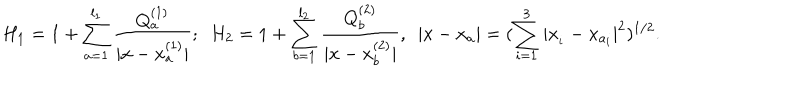
H _ { 1 } = 1 + \sum _ { a = 1 } ^ { l _ { 1 } } \frac { Q _ { a } ^ { ( 1 ) } } { | x - x _ { a } ^ { ( 1 ) } | } ; ~ ~ H _ { 2 } = 1 + \sum _ { b = 1 } ^ { l _ { 2 } } \frac { Q _ { b } ^ { ( 2 ) } } { | x - x _ { b } ^ { ( 2 ) } | } , ~ ~ | x - x _ { a } | = ( \sum _ { i = 1 } ^ { 3 } | x _ { _ { i } } - x _ { a _ { i } } | ^ { 2 } ) ^ { 1 / 2 } .